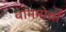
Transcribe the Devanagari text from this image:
वाममोर्चा